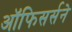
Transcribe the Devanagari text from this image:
ऑफिसर्सने